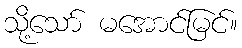
သို့သော် မအောင်မြင်။